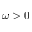
\omega > 0